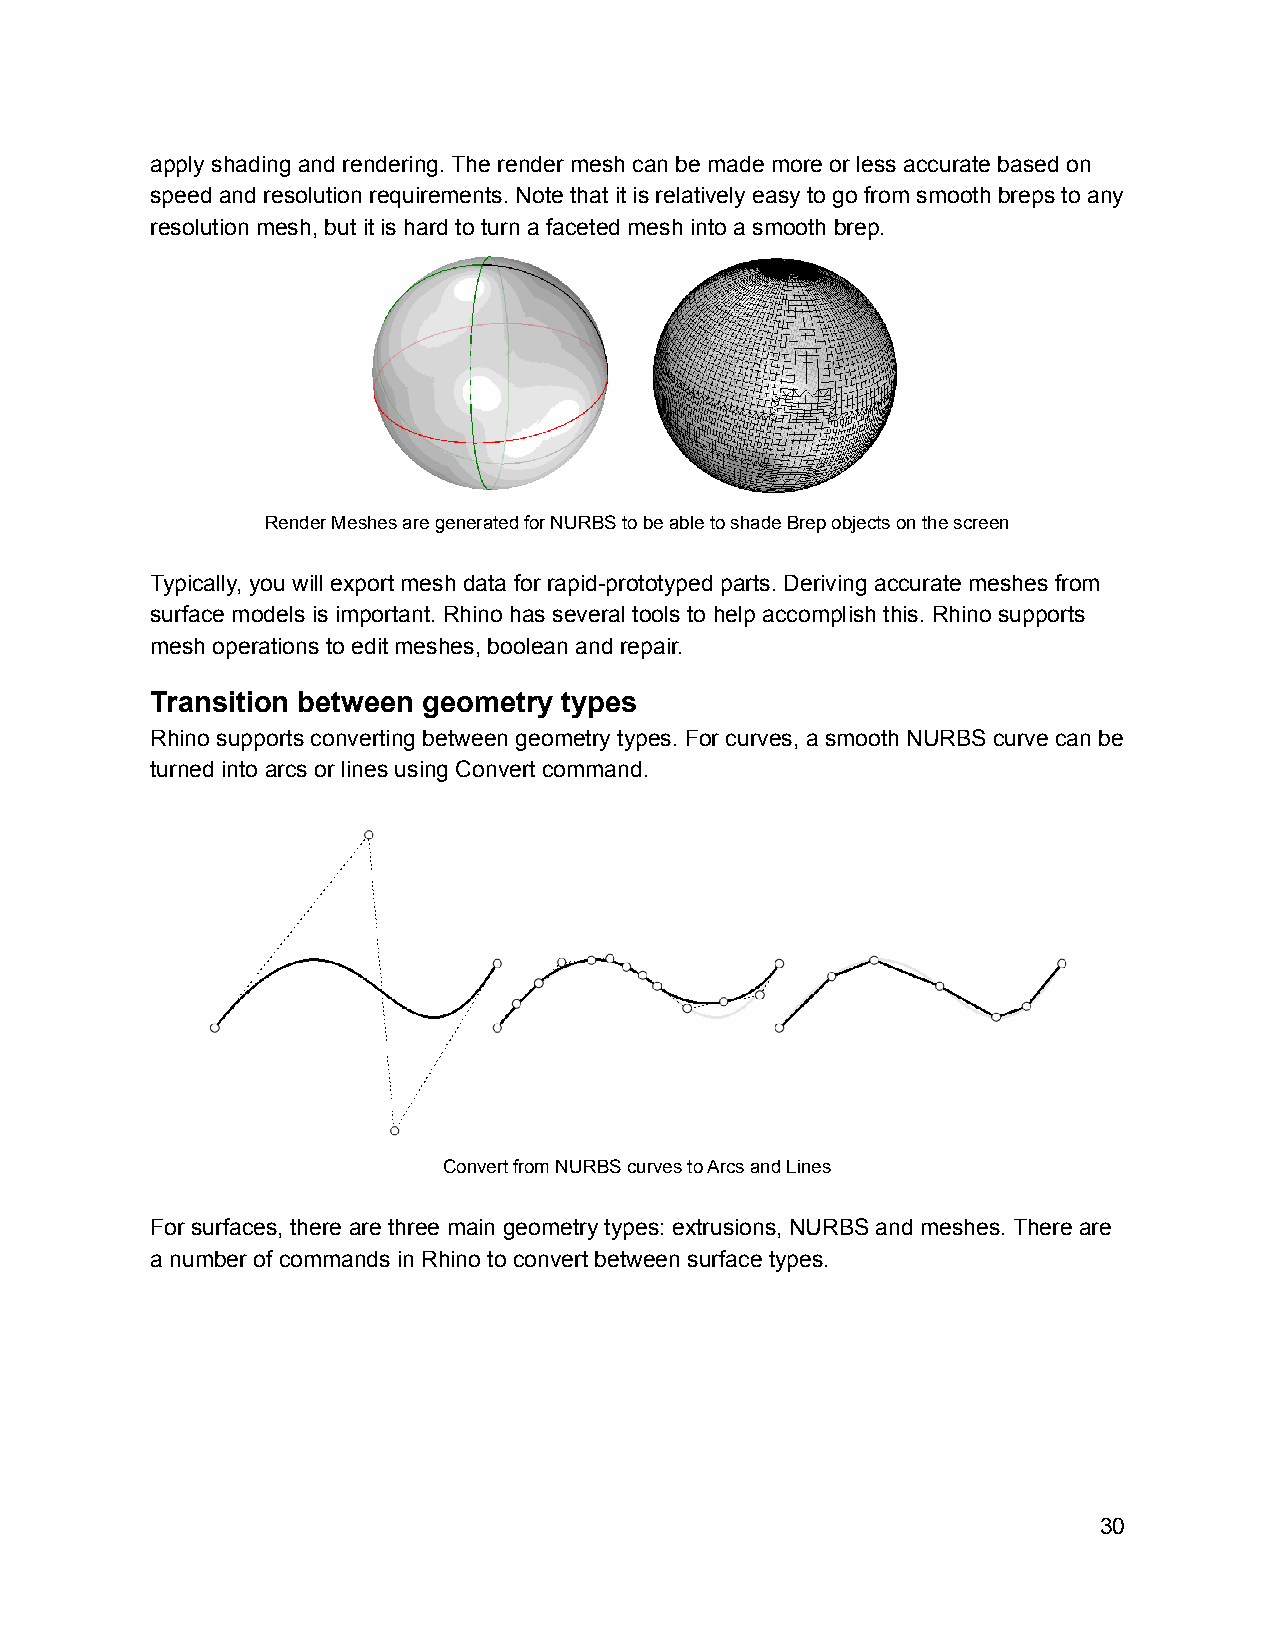
apply shading and rendering. The render mesh can be made more or less accurate based on
 speed and resolution requirements. Note that it is relatively easy to go from smooth breps to any
 resolution mesh, but it is hard to turn a faceted mesh into a smooth brep.
 Render Meshes are generated for NURBS to be able to shade Brep objects on the screen
 Typically, you will export mesh data for rapid-prototyped parts. Deriving accurate meshes from
 surface models is important. Rhino has several tools to help accomplish this. Rhino supports
 mesh operations to edit meshes, boolean and repair.
 Transition between geometry types
 Rhino supports converting between geometry types. For curves, a smooth NURBS curve can be
 turned into arcs or lines using Convert command.
 Convert from NURBS curves to Arcs and Lines
 For surfaces, there are three main geometry types: extrusions, NURBS and meshes. There are
 a number of commands in Rhino to convert between surface types.
 30